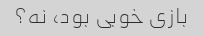
بازی خوبی بود، نه؟